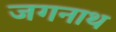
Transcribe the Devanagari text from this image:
जगनाथ